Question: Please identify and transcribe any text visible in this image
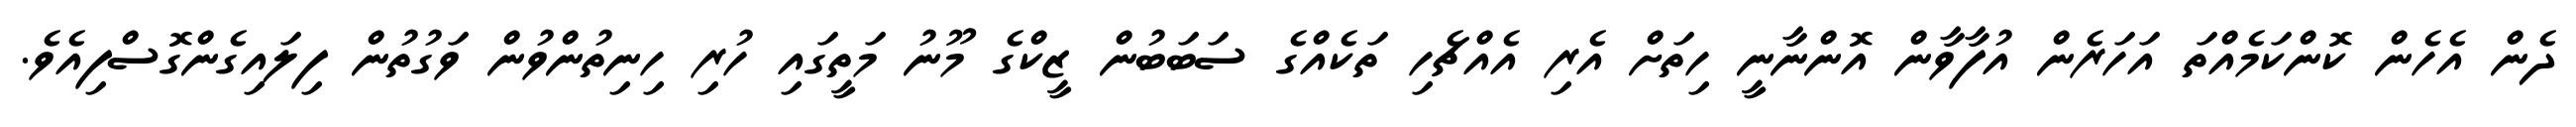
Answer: ދެން އެހެން ކޮންކަމެއްތަ އަހަރެން އުފާވާން އޮންނާނީ ހިތަށް އެރި އެއްޗެހި ތަކެއްގެ ސަބަބުން ޒީކްގެ މޫނު މަތީގައި ހުރި ހިނިތުންވުން ވަގުތުން ފިލައިގެންގޮސްފިއެވެ.